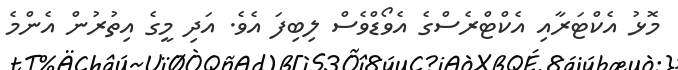
މޮޅު އެކްޓަރާއި އެކްޓްރެސްގެ އެވޯޑްވެސް ލިބިފަ އެވެ. އަދި މީގެ އިތުރުން އެންމެ